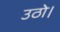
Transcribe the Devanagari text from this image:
उठो।